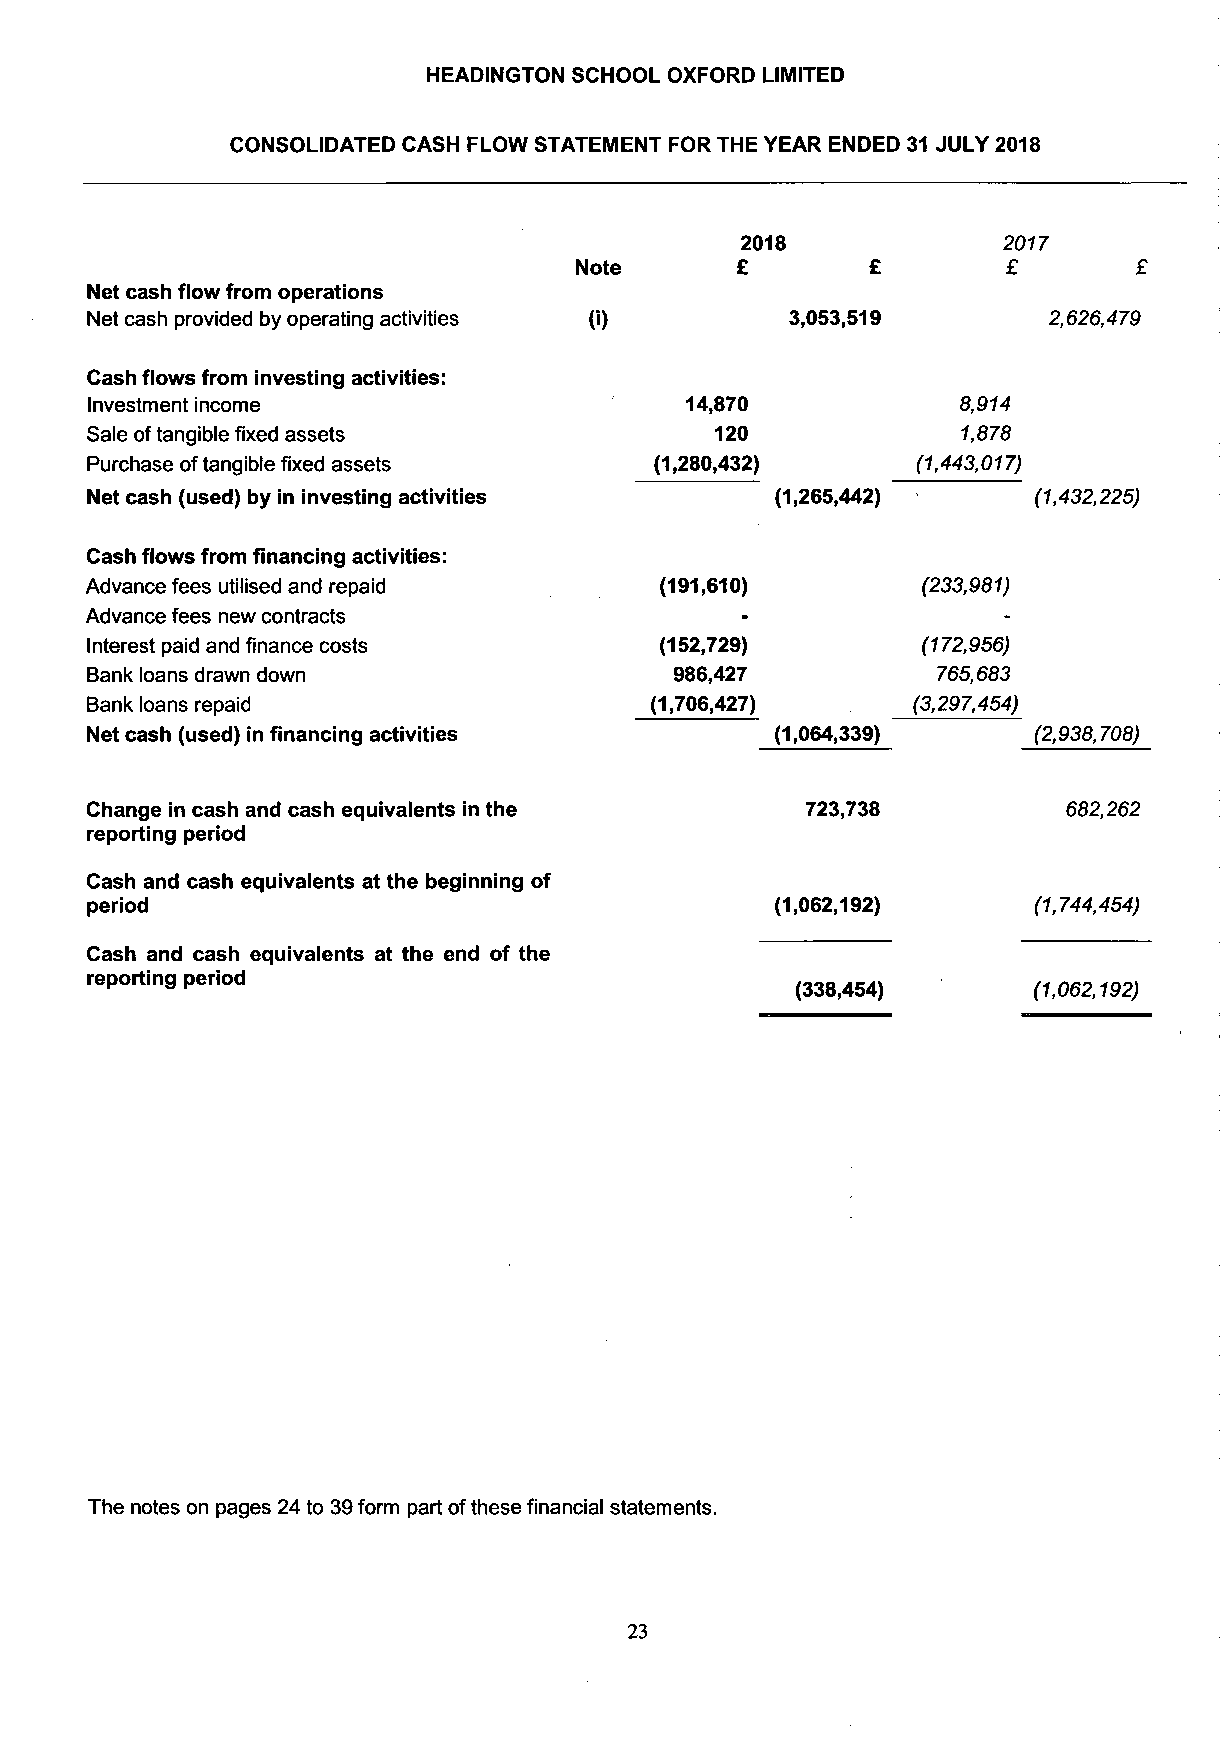
HEADINGTON SCHOOL OXFORD LIMITED
 CONSOLIDATED CASH FLOW STATEMENT FOR THE YEAR ENDED 31 JULY 2018
 2018             2017
 Note       £        £        £
 Net cash flow from operations
 Net cash provided by operating activities CO  3,053,519        2,626,479
 Cash flows from investing activities:
 Investment income                      14,870            8,914
 Sale of tangible fixed assets            120              1,878
 Purchase of tangible fixed assets    (1,280,432)       (1,443,017)
 Net cash (used) by in investing activities   (1,265,442)      (1,432,225)
 Cash flows from financing activities:
 Advance fees utilised and repaid      (191,610)        (233,981)
 Advance fees new contracts
 Interest paid and finance costs       (152,729)        (172,956)
 Bank loans drawn down                  986,427          765,683
 Bank loans repaid                    (1,706,427)      (3,297,454)
 Net cash (used) in financing activities      (1,064,339)      (2,938,708)
 Change in cash and cash equivalents in the     723,738           682,262
 reporting period
 Cash and cash equivalents at the beginning of
 period                                       (1,062,192)      (1,744,454)
 Cash and cash equivalents at the end of the
 reporting period
 (338,454)      (1,062,192)
 The notes on pages 24 to 39 form part of these financial statements.
 23